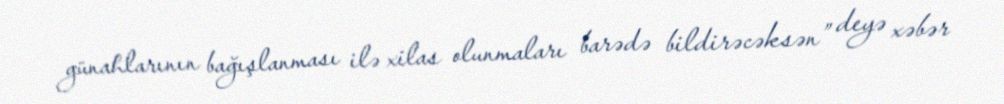
günahlarının bağışlanması ilə xilas olunmaları barədə bildirəcəksən” deyə xəbər